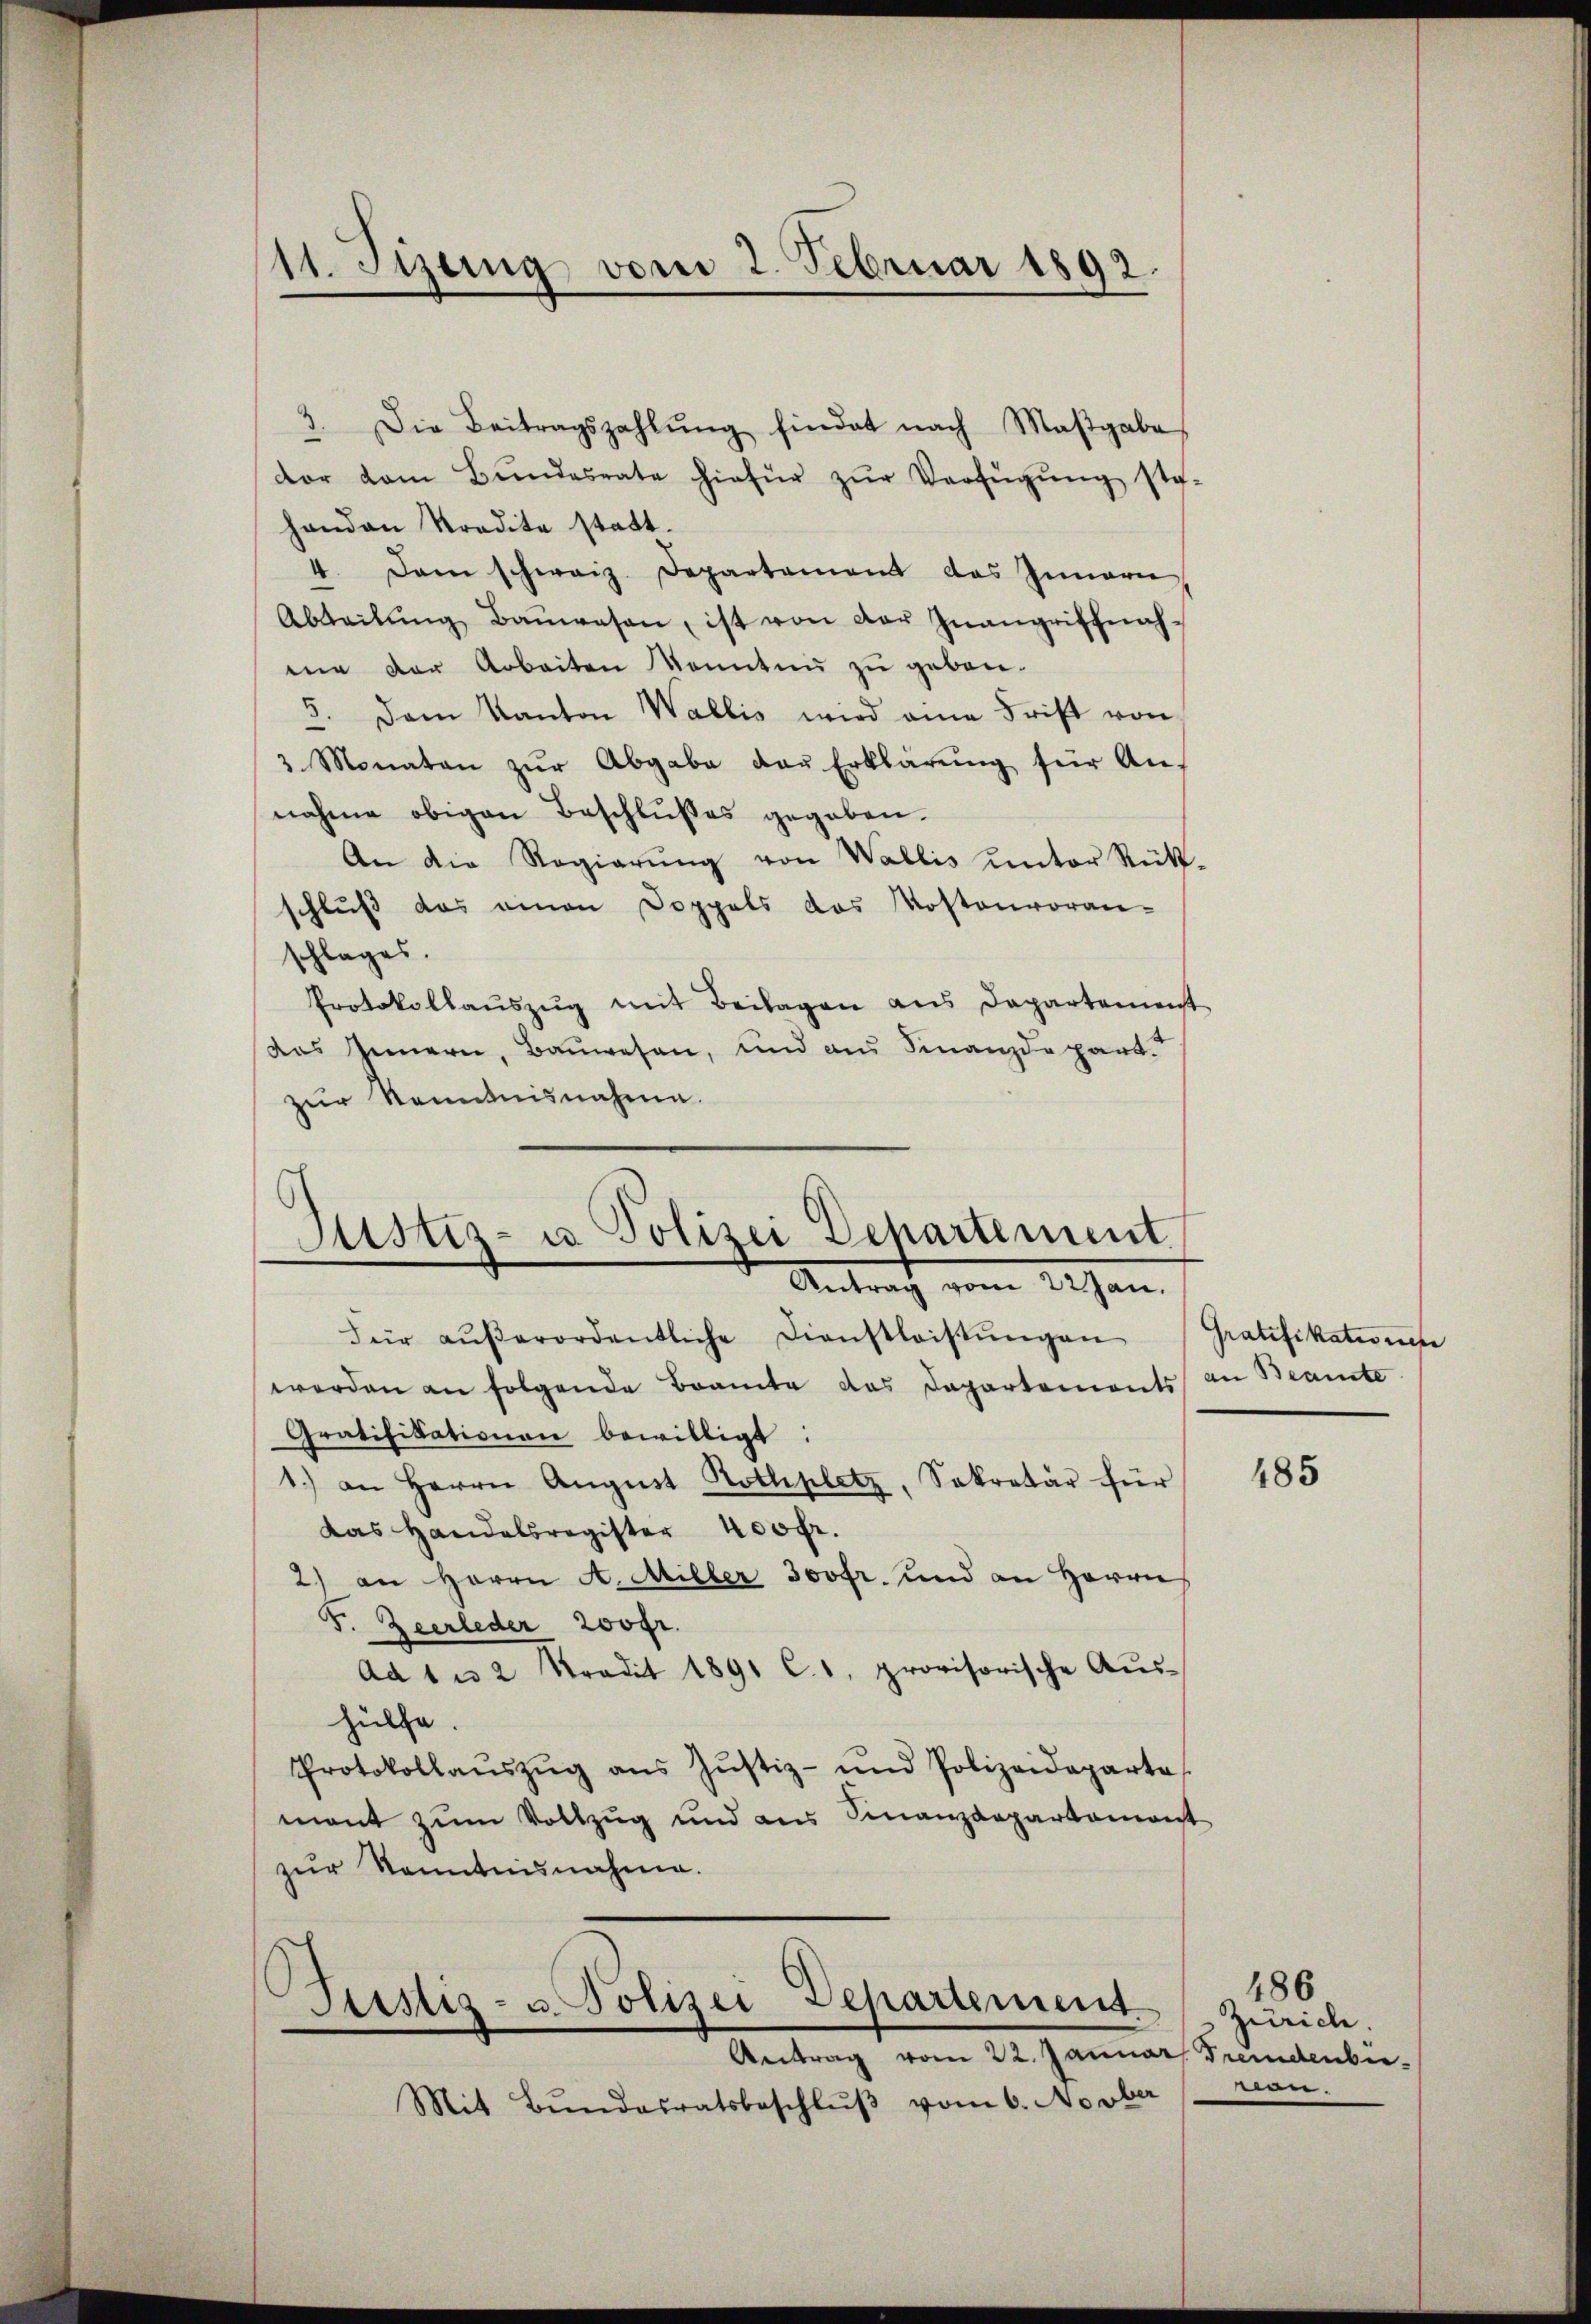
11. Sizung vom 2. Februar 1892

3. Die Beitragszahlŭng findet nach Maβgabe
e
dor dem Bŭndesrate hiefür zŭr Verfügŭng ste
handen Kredite statt.
4. Dann schweiz. Departement das Innern
Abteilŭng Baŭwesen, ist von der Inangriffnah-
me der Arbeiten konnten zu geben.
5. Dem Kanton Wallis wird eine Frist von
3 Monaten zŭr Abgabe das Erklärŭng für An-
nahme obigen Beschlußes gegeben.
An die Regierŭng von Wallis unter Rük
schlŭβ das einen Doppels das Kostenvoran-
schlages.
Protokollauszug mit Beilagen aus Departemen
das Innern, Bauwesen, und aus Finanzdepart.
zur Kenntnisnahme.
Justiz- u Polizei Departement.
Antrag vom 22 Jan.
Für aŭβerordentliche Dienstleistŭngen
werden an folgende Braute das Departements
Gratifikationen bewilligt.
1.) an Herrn August Rothplatz, Sekretär für
Das Handelsregister 400 fr.
2) an Herrn A. Miller Joofr. und an Herrn
F. Zeerleder 200 fr.
Ad 1 u 2 Tradit 1891 C.1. provisorische Aus-
hülfe.
Protokollaŭszŭg ans Justiz- und Polizeideparte
mant zum Vollzug und aus Finanzdepartamont
zur Kenntnisnahme.

Justiz- u. Polizei Departement
Antrag vom 22. Januar, Fremdenber

Mit Bŭndesratsbeschlŭβ vom 6. Novber

Pratifikationen
an Beamte

.

485

186
Zürich.
man.